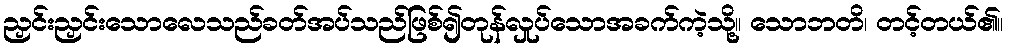
ညှင်းညှင်းသောလေသည်ခတ်အပ်သည်ဖြစ်၍တုန်လှုပ်သောအခက်ကဲ့သို့။ သောဘတိ၊ တင့်တယ်၏။